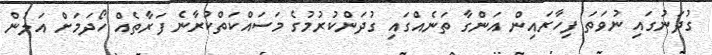
ގުދަނުގައި ނުވަތަ ފިހާރައިން އަންގާ ތަނެއްގައި ގުދަންކުރުމުގެ މަސައްކަތްކުރާނެ ފަރާތެއް ހޯދަމަށް އަލުން